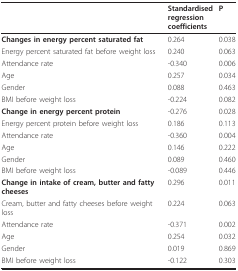
<table><thead><tr><td></td><td><b>Standardisedregressioncoefficients</b></td><td><b>P</b></td></tr></thead><tbody><tr><td><b>Changes in energy percent saturated fat</b></td><td>0.264</td><td>0.038</td></tr><tr><td>Energy percent saturated fat before weight loss</td><td>0.240</td><td>0.063</td></tr><tr><td>Attendance rate</td><td>-0.340</td><td>0.006</td></tr><tr><td>Age</td><td>0.257</td><td>0.034</td></tr><tr><td>Gender</td><td>0.088</td><td>0.463</td></tr><tr><td>BMI before weight loss</td><td>-0.224</td><td>0.082</td></tr><tr><td><b>Change in energy percent protein</b></td><td>-0.276</td><td>0.028</td></tr><tr><td>Energy percent protein before weight loss</td><td>0.186</td><td>0.113</td></tr><tr><td>Attendance rate</td><td>-0.360</td><td>0.004</td></tr><tr><td>Age</td><td>0.146</td><td>0.222</td></tr><tr><td>Gender</td><td>0.089</td><td>0.460</td></tr><tr><td>BMI before weight loss</td><td>-0.089</td><td>0.446</td></tr><tr><td><b>Change in intake of cream, butter and fatty cheeses</b></td><td>0.296</td><td>0.011</td></tr><tr><td>Cream, butter and fatty cheeses before weight loss</td><td>0.224</td><td>0.063</td></tr><tr><td>Attendance rate</td><td>-0.371</td><td>0.002</td></tr><tr><td>Age</td><td>0.254</td><td>0.032</td></tr><tr><td>Gender</td><td>0.019</td><td>0.869</td></tr><tr><td>BMI before weight loss</td><td>-0.122</td><td>0.303</td></tr></tbody></table>